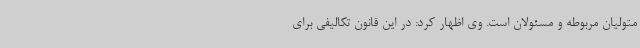
متولیان مربوطه و مسئولان است. وی اظهار کرد: در این قانون تکالیفی برای